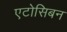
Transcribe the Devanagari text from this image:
एटोसिबन